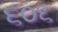
૬૦૬